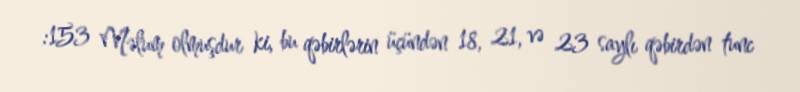
:153 Məlum olmuşdur ki, bu qəbirlərin üçündən 18, 21, və 23 saylı qəbirdən tunc